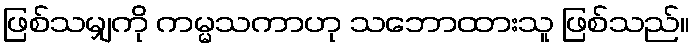
ဖြစ်သမျှကို ကမ္မသကာဟု သဘောထားသူ ဖြစ်သည်။